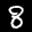
Label: 8